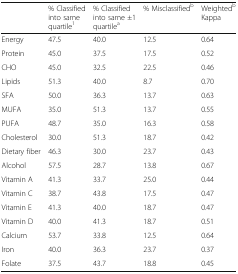
|  | % Classified into same quartile1 | % Classified into same ±1 quartilea | % Misclassifiedb | Weightedb Kappa |
 | --- | --- | --- | --- | --- |
 | Energy | 47.5 | 40.0 | 12.5 | 0.64 |
 | Protein | 45.0 | 37.5 | 17.5 | 0.52 |
 | CHO | 45.0 | 32.5 | 22.5 | 0.46 |
 | Lipids | 51.3 | 40.0 | 8.7 | 0.70 |
 | SFA | 50.0 | 36.3 | 13.7 | 0.63 |
 | MUFA | 35.0 | 51.3 | 13.7 | 0.55 |
 | PUFA | 48.7 | 35.0 | 16.3 | 0.58 |
 | Cholesterol | 30.0 | 51.3 | 18.7 | 0.42 |
 | Dietary fiber | 46.3 | 30.0 | 23.7 | 0.43 |
 | Alcohol | 57.5 | 28.7 | 13.8 | 0.67 |
 | Vitamin A | 41.3 | 33.7 | 25.0 | 0.44 |
 | Vitamin C | 38.7 | 43.8 | 17.5 | 0.47 |
 | Vitamin E | 41.3 | 40.0 | 18.7 | 0.47 |
 | Vitamin D | 40.0 | 41.3 | 18.7 | 0.51 |
 | Calcium | 53.7 | 33.8 | 12.5 | 0.64 |
 | Iron | 40.0 | 36.3 | 23.7 | 0.37 |
 | Folate | 37.5 | 43.7 | 18.8 | 0.45 |